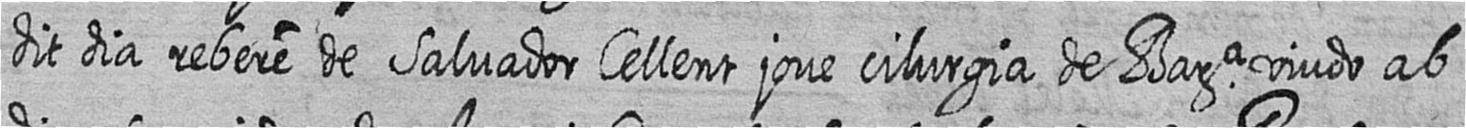
dit dia rebere de Salvador Cellent jove cilurgia de Bara viudo ab